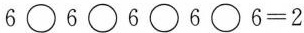
6\Box6\Box6\Box6\Box6=2